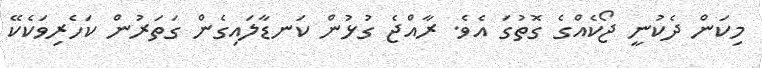
މިކަން ދެކުނީ ޖޯކެއްގެ ގޮތުގަ އެވެ. ރާއްޖެ ގުޅުން ކަނޑާލައިގެން ގަތަރުން ކަހެރިވަކެކޭ